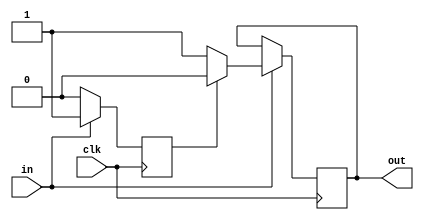
module top_module (
    input  wire clk,
    input  wire in,
    output  reg out
);
    reg tmp; // tmp  in 

    // reg  0
    initial begin
        out = 1'b0; // initial 
        tmp = 1'b0;
    end

    always @(posedge clk) begin
        if (~in) begin
            tmp <= 1'b0;
        end else if (~tmp) begin
            out <= 1'b1;
            tmp <= 1'b1;
        end
        else begin
            out <= 1'b0;
        end
    end
endmodule